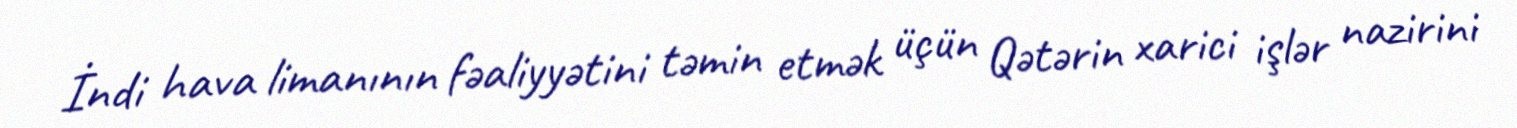
İndi hava limanının fəaliyyətini təmin etmək üçün Qətərin xarici işlər nazirini